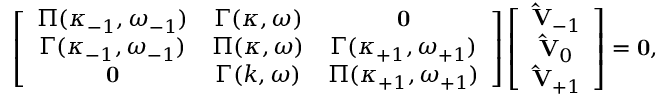
\left[ \begin{array} { c c c } { { \boldsymbol { \Pi } ( \kappa _ { - 1 } , \omega _ { - 1 } ) } } & { { \boldsymbol { \Gamma } ( \kappa , \omega ) } } & { \mathbf { 0 } } \\ { { \boldsymbol { \Gamma } ( \kappa _ { - 1 } , \omega _ { - 1 } ) } } & { { \boldsymbol { \Pi } ( \kappa , \omega ) } } & { { \boldsymbol { \Gamma } ( \kappa _ { + 1 } , \omega _ { + 1 } ) } } \\ { \mathbf { 0 } } & { { \boldsymbol { \Gamma } ( k , \omega ) } } & { { \boldsymbol { \Pi } ( \kappa _ { + 1 } , \omega _ { + 1 } ) } } \end{array} \right] \left[ \begin{array} { c c c } { { \mathbf { \hat { V } } _ { - 1 } } } \\ { { \mathbf { \hat { V } } _ { 0 } } } \\ { { \mathbf { \hat { V } } _ { + 1 } } } \end{array} \right] = \mathbf { 0 } ,